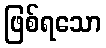
ဖြစ်ရသော